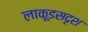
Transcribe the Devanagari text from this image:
लाकूडसदृश